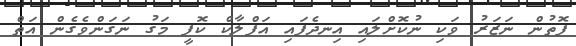
ފޮތުން ނަޒަރު ވަކި ނުކޮށްލައި އިނދެފައި އަފްލާކް ކޮފީ މަގު ނަގަންވެގެން އަތް